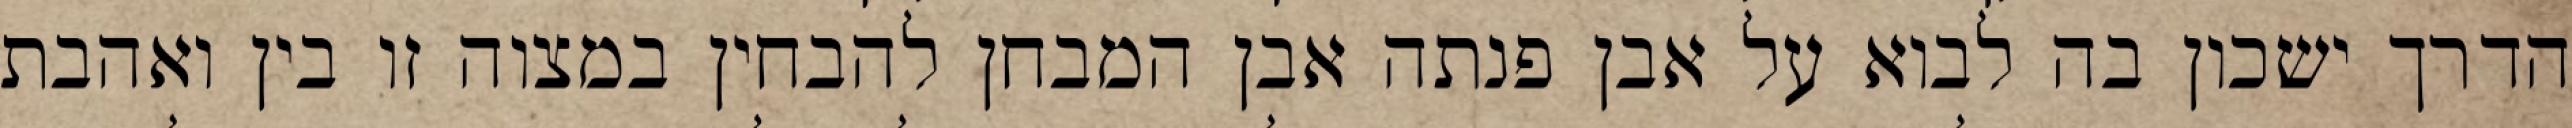
הדרך ישכון בה לבוא על אבן פנתה אבן המבחן להבחין במצוה זו בין ואהבת